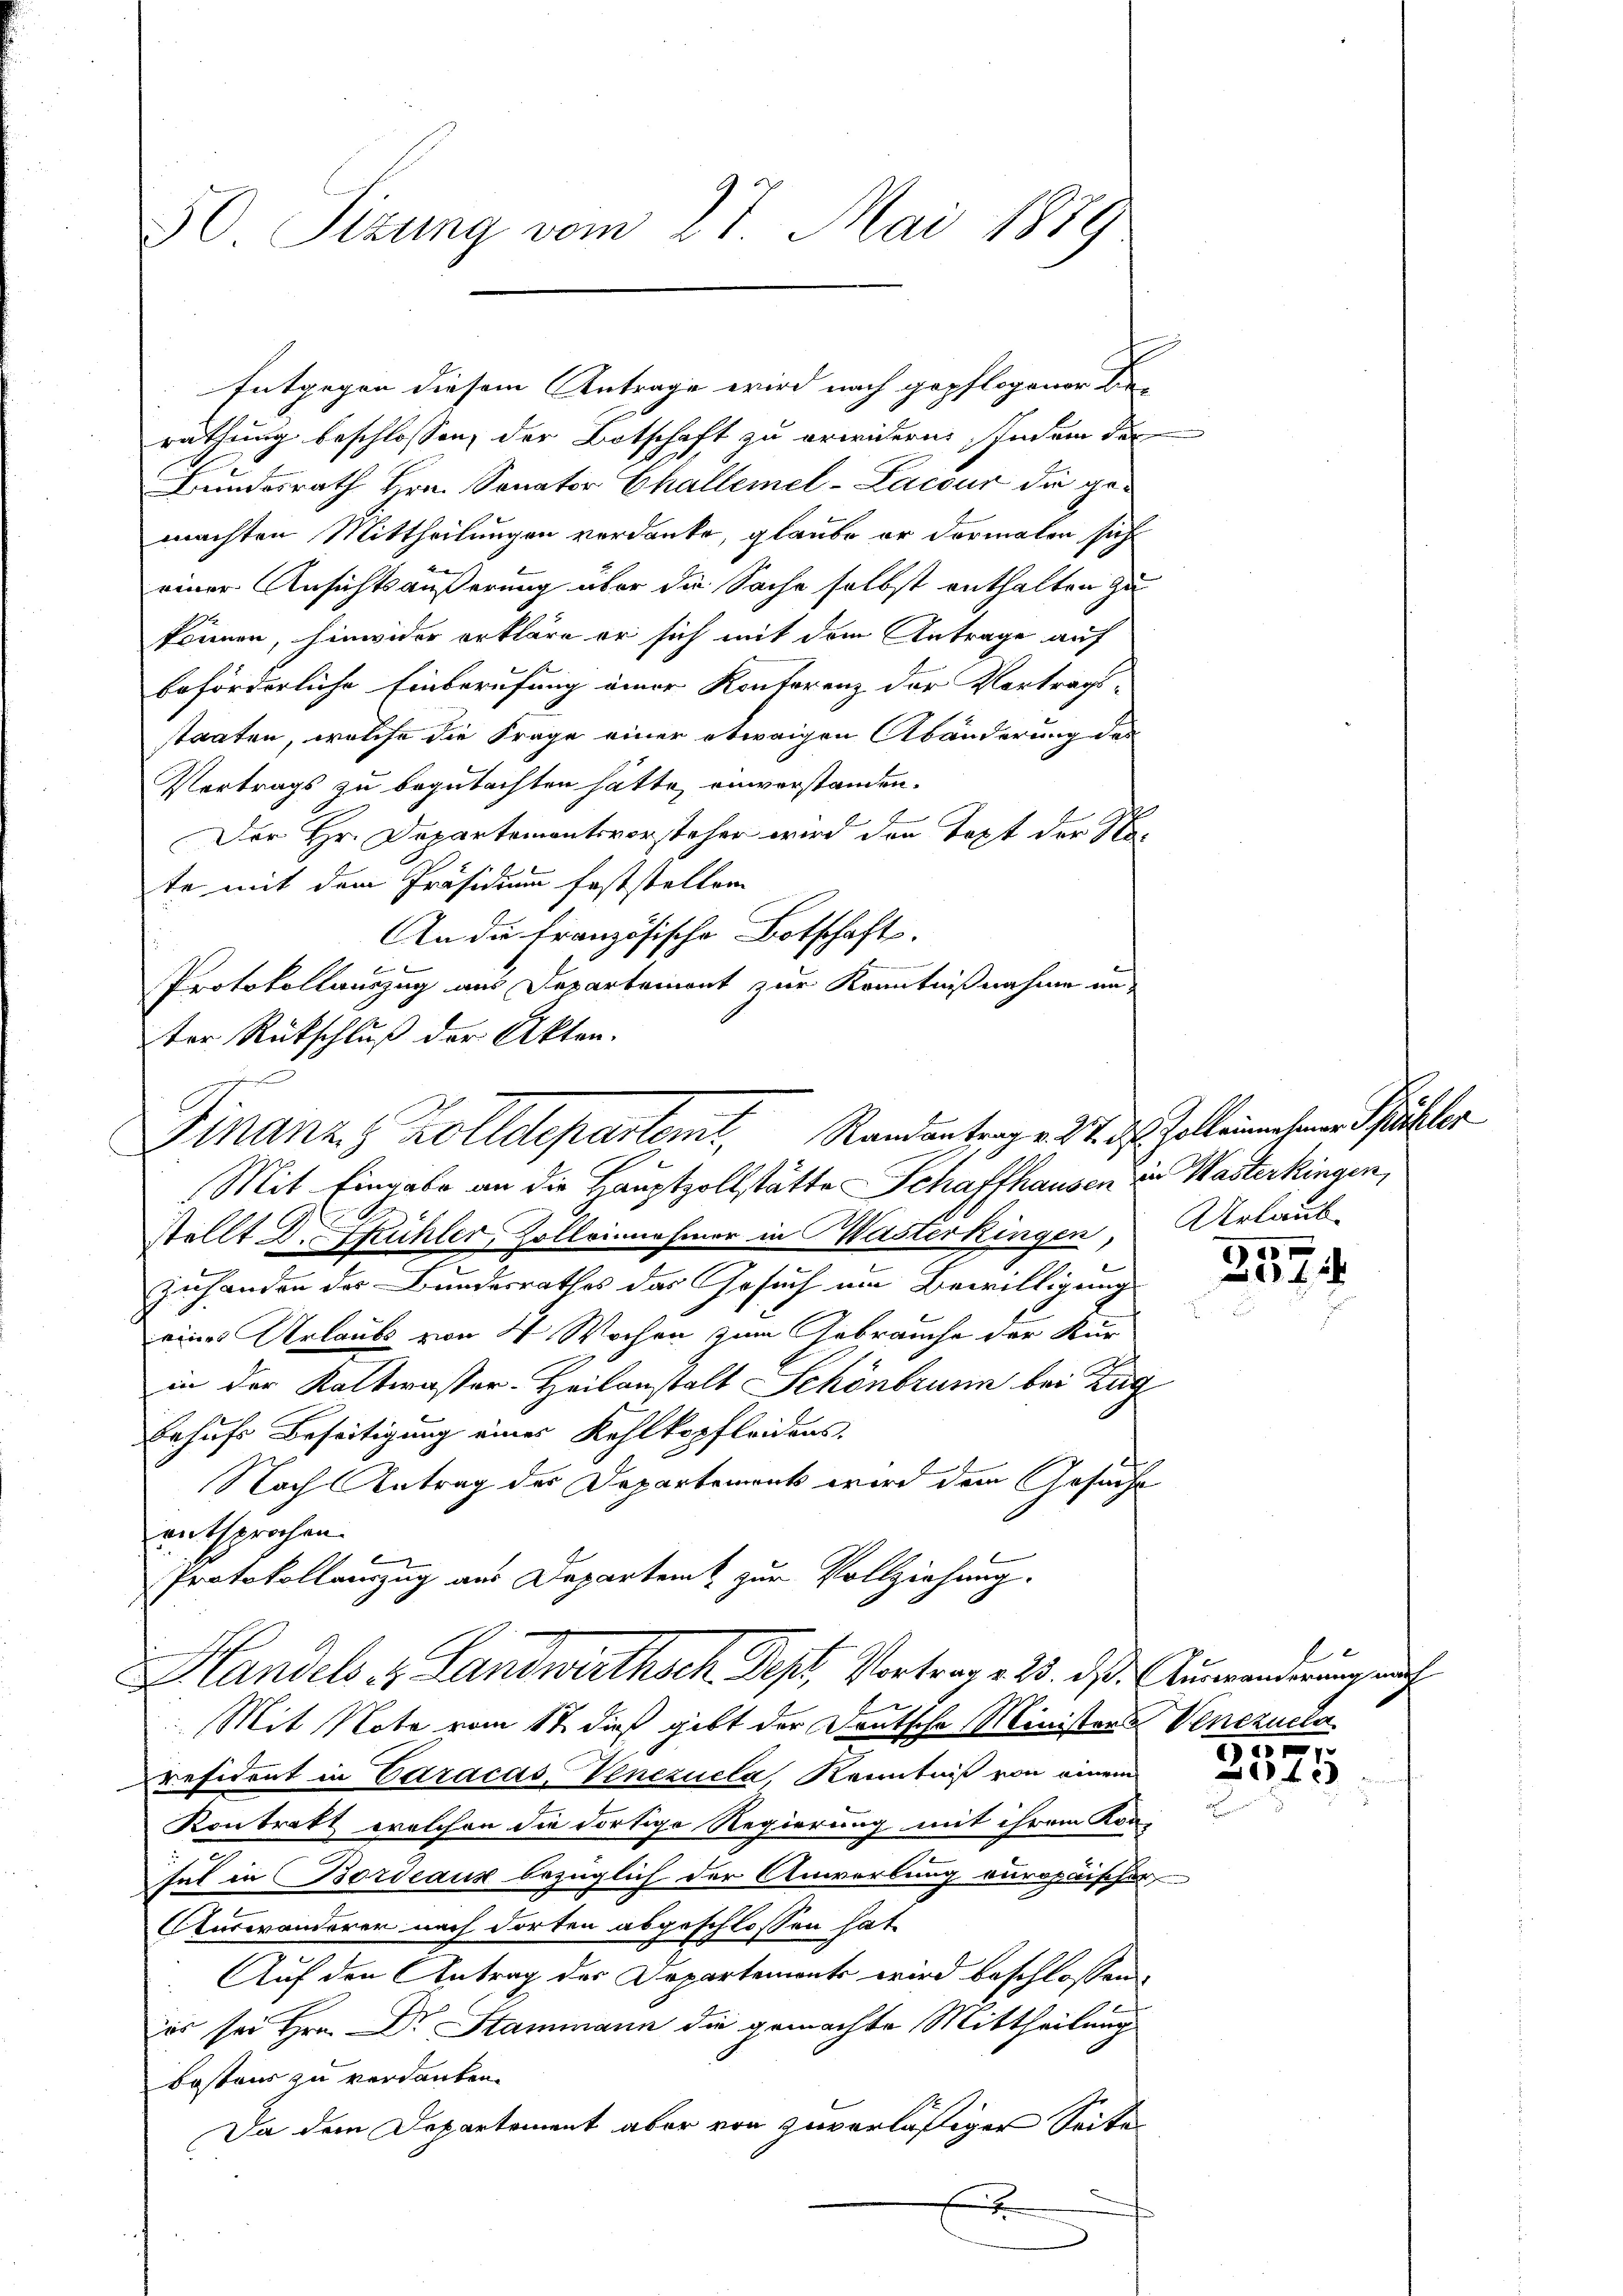
50 Sizung vom 27. Mai 1889

rathung beschlossen, der Botschaft zu erwidern Indem der
Bundesrath Hrn. Sonator Challemel-Lacour die gemachten Mittheilungen verdanke, glaube er dormalen sich
einer Ansichtsäußerung über die Sache selbst enthalten zu
können, hinwider erkläre er sich mit dem Antrage auf
beförderliche Einberufung einer Kontorenz der Vortrags-
staaten, welche die Frage einer etwaigen Abänderung des
Vertrags zu begutachten hätte, einverstanden.
Der Hr. Departementsvorsteher wird den Text der St.
te mit dem Präsidium feststellen
An die französische Botschafts-
b
Protokollauszug aus Departemont zur Kenntnißnahme un
ter Rückschluß der Akten.
stellt Dr. Fühler, Zolleinnehmer in Wasterkingen Urlaub-
zuhanden der Bundesrathes das Gesuch um Bewilligung
eines Urlaubs von 4 Wochen zum Gebrauche der Kurin der Kaltwasser-Heilanstalt Schönbrunn bei Zug
behufs Beseitigung einer Kehlkopfleidens
Nach Antrag der Departement wird dem Gesuche
entsprochen.
Protokollauszug aus Departem zur Vollziehung.
Handels 4. Landwirthsch Pest, Vortrag v. 25. ds. Auswanderung auch

Mit Note vom 17. dieß gibt der Deutsche Ministers Venezuela
resident in Caracas, Venezuela, Kenntniß von einem
Kontrakt welchen die dortige Regierung mit ihrem Kon-
hat in Bordeaux bezüglich der Anwerbung curopäischer
Auswanderer nach dorten abgeschlossen hat
 Auf den Antrag der Departemonts wird beschlossen,
es sei Hrn. Dr Stammann die gemachte Mittheilung
Bostens zu verdanken.
Da dem Departement aber von zuverläßiger Seite
E

Entgegen diesem Antrage wird nach gepflogener Be-

Finanz) Zolldepartemt, Randantrag v. 24. ds. Galleichen Präkler
Mit Eingabe an die Hauptzollstätte Schaffhausen in Wasterkingen,

e
4

e
42